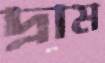
দ্রাম